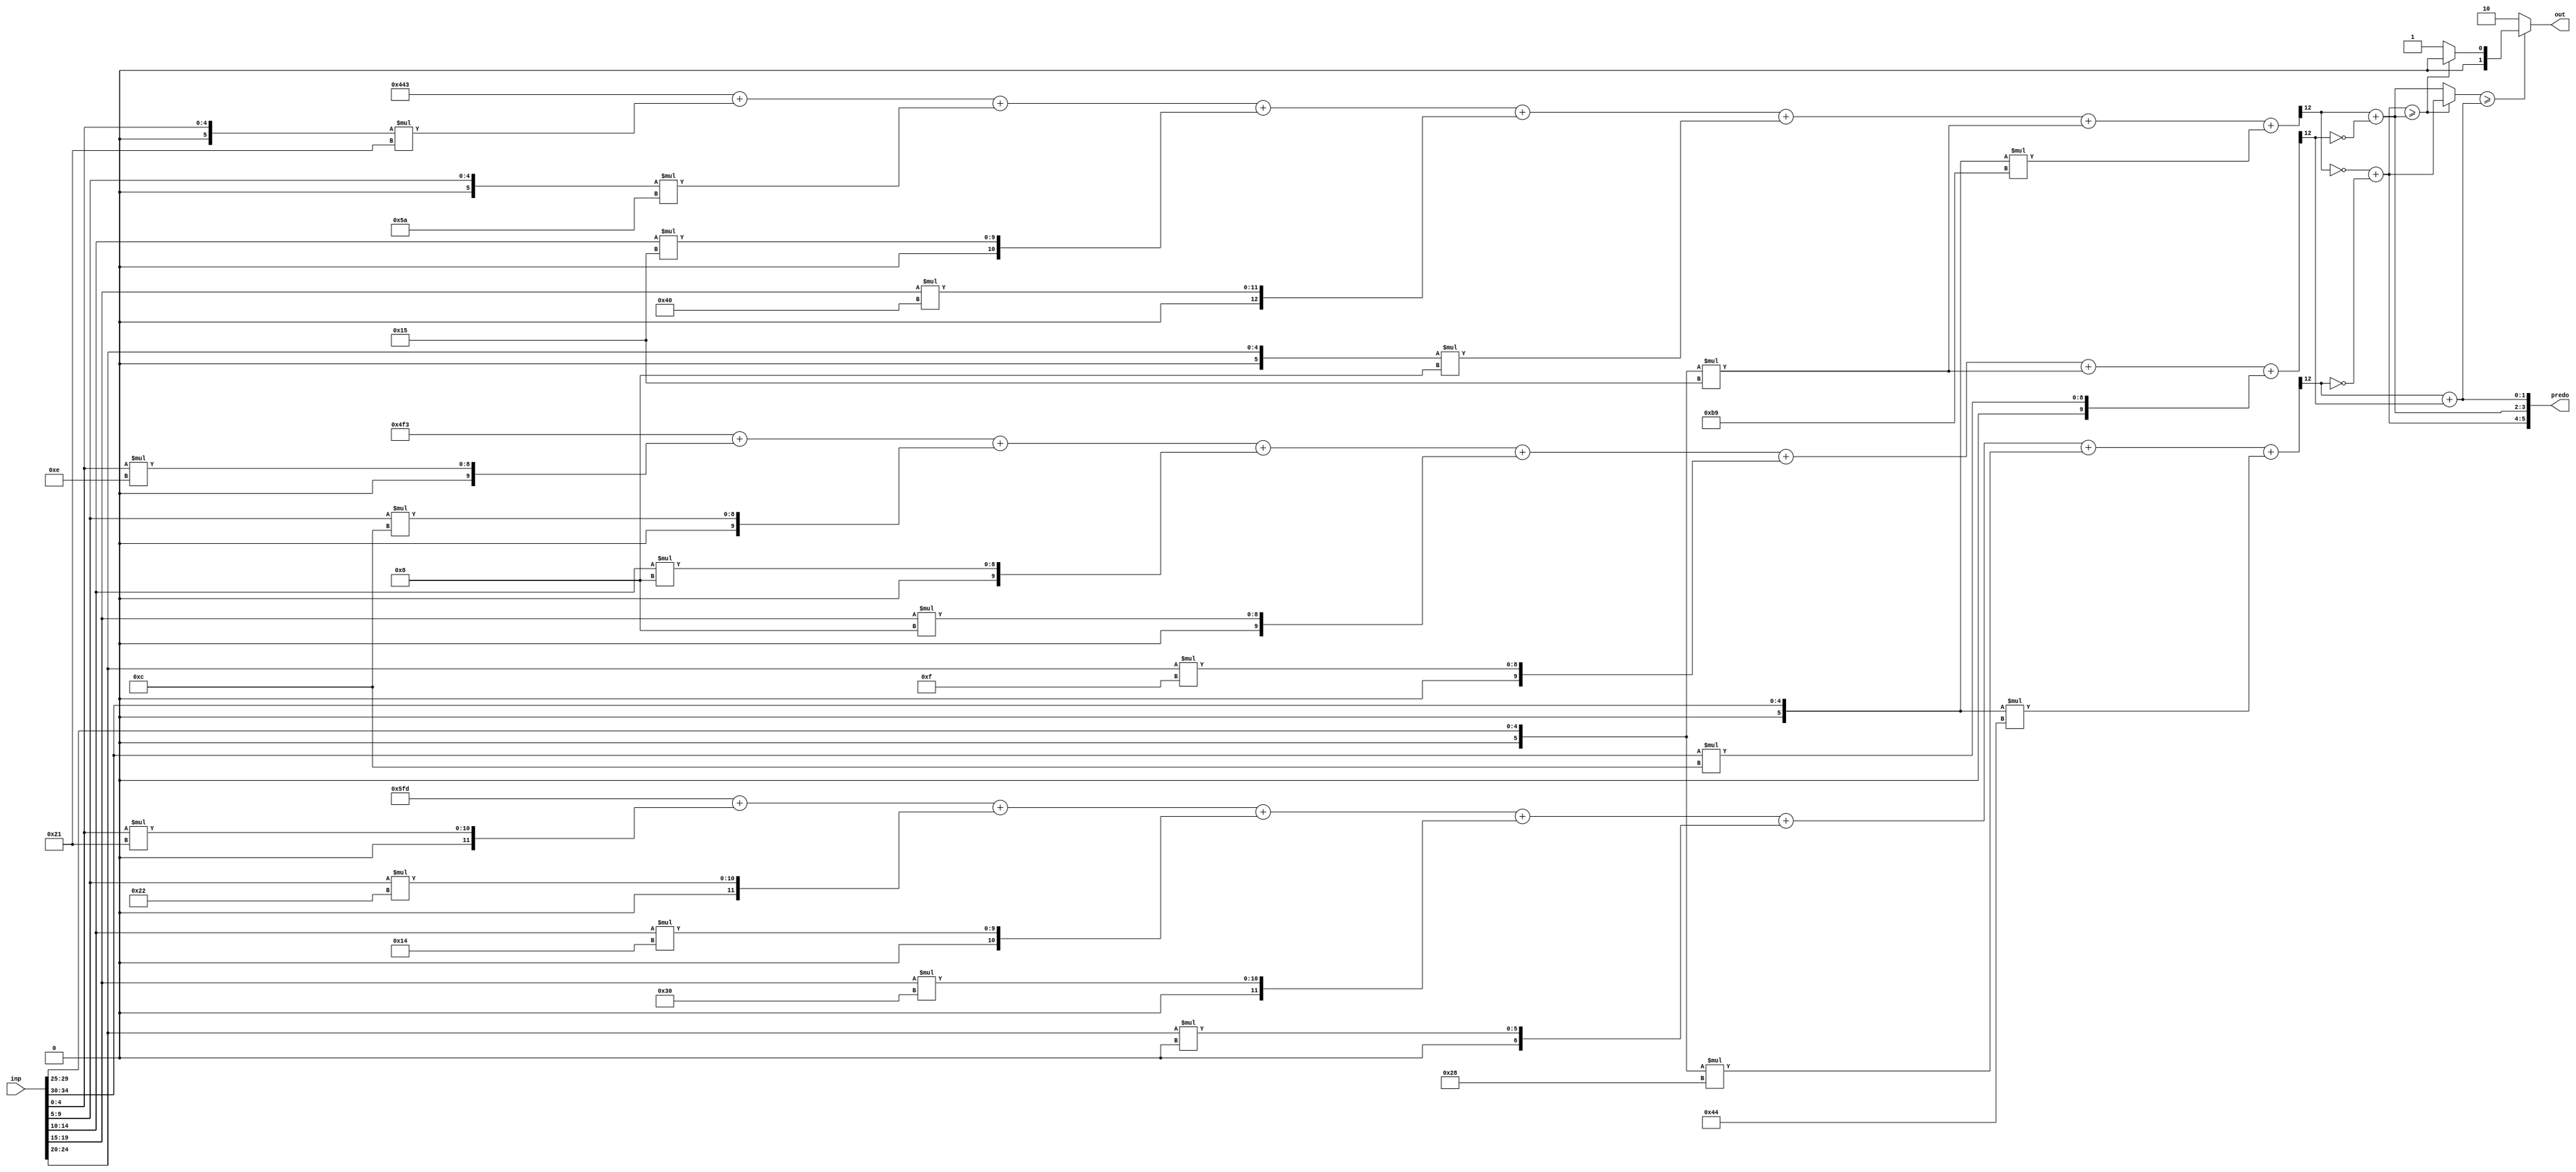
//weights: [[-31, -38, 21, 64, -8, -11, -71], [33, 34, 20, 48, 0, -24, -60], [14, 12, 8, 8, 15, -11, 12]]
//intercepts: [1091, -515, -781]
//act size: [5, 13]
//pred num: 3
module top (inp, predo, out);
input [34:0] inp;
output [5:0] predo;
output [1:0] out;

// classifier: 0
    wire signed [12:0] n_0_0_po_0;
    //weight -31: 8'sb11100001
    assign n_0_0_po_0 = $signed({1'b0, inp[4:0]}) * 8'sb11100001;

    wire signed [12:0] n_0_0_po_1;
    //weight -38: 8'sb11011010
    assign n_0_0_po_1 = $signed({1'b0, inp[9:5]}) * 8'sb11011010;

    wire signed [12:0] n_0_0_po_2;
    //weight 21: 8'sb00010101
    assign n_0_0_po_2 = $signed({1'b0, inp[14:10]}) * 8'sb00010101;

    wire signed [12:0] n_0_0_po_3;
    //weight 64: 8'sb01000000
    assign n_0_0_po_3 = $signed({1'b0, inp[19:15]}) * 8'sb01000000;

    wire signed [12:0] n_0_0_po_4;
    //weight -8: 8'sb11111000
    assign n_0_0_po_4 = $signed({1'b0, inp[24:20]}) * 8'sb11111000;

    wire signed [12:0] n_0_0_po_5;
    //weight -11: 8'sb11110101
    assign n_0_0_po_5 = $signed({1'b0, inp[29:25]}) * 8'sb11110101;

    wire signed [12:0] n_0_0_po_6;
    //weight -71: 8'sb10111001
    assign n_0_0_po_6 = $signed({1'b0, inp[34:30]}) * 8'sb10111001;

    wire signed [12:0] n_0_0_sum;
    assign n_0_0_sum = 1091 + n_0_0_po_0 + n_0_0_po_1 + n_0_0_po_2 + n_0_0_po_3 + n_0_0_po_4 + n_0_0_po_5 + n_0_0_po_6;
    wire n_0_0;
    assign n_0_0 = n_0_0_sum[12];

// classifier: 1
    wire signed [12:0] n_0_1_po_0;
    //weight 33: 8'sb00100001
    assign n_0_1_po_0 = $signed({1'b0, inp[4:0]}) * 8'sb00100001;

    wire signed [12:0] n_0_1_po_1;
    //weight 34: 8'sb00100010
    assign n_0_1_po_1 = $signed({1'b0, inp[9:5]}) * 8'sb00100010;

    wire signed [12:0] n_0_1_po_2;
    //weight 20: 8'sb00010100
    assign n_0_1_po_2 = $signed({1'b0, inp[14:10]}) * 8'sb00010100;

    wire signed [12:0] n_0_1_po_3;
    //weight 48: 8'sb00110000
    assign n_0_1_po_3 = $signed({1'b0, inp[19:15]}) * 8'sb00110000;

    wire signed [12:0] n_0_1_po_4;
    //weight 0: 8'sb00000000
    assign n_0_1_po_4 = $signed({1'b0, inp[24:20]}) * 8'sb00000000;

    wire signed [12:0] n_0_1_po_5;
    //weight -24: 8'sb11101000
    assign n_0_1_po_5 = $signed({1'b0, inp[29:25]}) * 8'sb11101000;

    wire signed [12:0] n_0_1_po_6;
    //weight -60: 8'sb11000100
    assign n_0_1_po_6 = $signed({1'b0, inp[34:30]}) * 8'sb11000100;

    wire signed [12:0] n_0_1_sum;
    assign n_0_1_sum = -515 + n_0_1_po_0 + n_0_1_po_1 + n_0_1_po_2 + n_0_1_po_3 + n_0_1_po_4 + n_0_1_po_5 + n_0_1_po_6;
    wire n_0_1;
    assign n_0_1 = n_0_1_sum[12];

// classifier: 2
    wire signed [12:0] n_0_2_po_0;
    //weight 14: 8'sb00001110
    assign n_0_2_po_0 = $signed({1'b0, inp[4:0]}) * 8'sb00001110;

    wire signed [12:0] n_0_2_po_1;
    //weight 12: 8'sb00001100
    assign n_0_2_po_1 = $signed({1'b0, inp[9:5]}) * 8'sb00001100;

    wire signed [12:0] n_0_2_po_2;
    //weight 8: 8'sb00001000
    assign n_0_2_po_2 = $signed({1'b0, inp[14:10]}) * 8'sb00001000;

    wire signed [12:0] n_0_2_po_3;
    //weight 8: 8'sb00001000
    assign n_0_2_po_3 = $signed({1'b0, inp[19:15]}) * 8'sb00001000;

    wire signed [12:0] n_0_2_po_4;
    //weight 15: 8'sb00001111
    assign n_0_2_po_4 = $signed({1'b0, inp[24:20]}) * 8'sb00001111;

    wire signed [12:0] n_0_2_po_5;
    //weight -11: 8'sb11110101
    assign n_0_2_po_5 = $signed({1'b0, inp[29:25]}) * 8'sb11110101;

    wire signed [12:0] n_0_2_po_6;
    //weight 12: 8'sb00001100
    assign n_0_2_po_6 = $signed({1'b0, inp[34:30]}) * 8'sb00001100;

    wire signed [12:0] n_0_2_sum;
    assign n_0_2_sum = -781 + n_0_2_po_0 + n_0_2_po_1 + n_0_2_po_2 + n_0_2_po_3 + n_0_2_po_4 + n_0_2_po_5 + n_0_2_po_6;
    wire n_0_2;
    assign n_0_2 = n_0_2_sum[12];

// decisionMatrix inp: n_0_0, n_0_1, n_0_2
    wire dm_cmp_0_1, dm_cmp_1_0;
    assign dm_cmp_0_1 = ~n_0_0;
    assign dm_cmp_1_0 = n_0_0;

    wire dm_cmp_0_2, dm_cmp_2_0;
    assign dm_cmp_0_2 = ~n_0_1;
    assign dm_cmp_2_0 = n_0_1;

    wire dm_cmp_1_2, dm_cmp_2_1;
    assign dm_cmp_1_2 = ~n_0_2;
    assign dm_cmp_2_1 = n_0_2;

    wire [1:0] dm_sum_0;
    assign dm_sum_0 = dm_cmp_0_1 + dm_cmp_0_2;
    wire [1:0] dm_sum_1;
    assign dm_sum_1 = dm_cmp_1_0 + dm_cmp_1_2;
    wire [1:0] dm_sum_2;
    assign dm_sum_2 = dm_cmp_2_0 + dm_cmp_2_1;

    assign predo = {dm_sum_0,dm_sum_1,dm_sum_2};
// argmax: 3 classes, need 2 bits
// argmax inp: dm_sum_0, dm_sum_1, dm_sum_2
    //comp level 0
    wire cmp_0_0;
    wire [1:0] argmax_val_0_0;
    wire [1:0] argmax_idx_0_0;
    assign {cmp_0_0} = ( dm_sum_0 >= dm_sum_1 );
    assign {argmax_val_0_0} = ( cmp_0_0 ) ? dm_sum_0 : dm_sum_1;
    assign {argmax_idx_0_0} = ( cmp_0_0 ) ? 2'b00 : 2'b01;

    //comp level 1
    wire cmp_1_0;
    wire [1:0] argmax_val_1_0;
    wire [1:0] argmax_idx_1_0;
    assign {cmp_1_0} = ( argmax_val_0_0 >= dm_sum_2 );
    assign {argmax_val_1_0} = ( cmp_1_0 ) ? argmax_val_0_0 : dm_sum_2;
    assign {argmax_idx_1_0} = ( cmp_1_0 ) ? argmax_idx_0_0 : 2'b10;

    assign out = argmax_idx_1_0;

endmodule